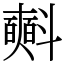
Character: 𣂏